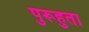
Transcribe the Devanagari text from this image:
पुरूहुता